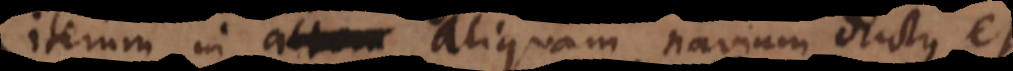
iterum in aliquam navium ductus, et